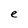
Character: e